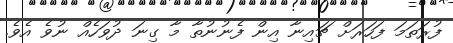
ފުރަތަމަ ފަހަރަށް ޗައިނާ އިން ފެނުނުތާ މާ ގިނަ ދުވަހެއް ނުވެ އެވެ.